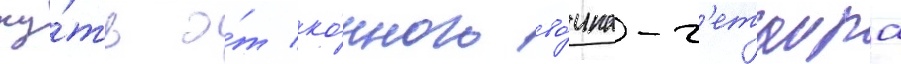
пу́ть о́т ко́нного во́ина-г'етаира